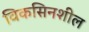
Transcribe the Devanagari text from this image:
विकसिनशील